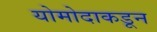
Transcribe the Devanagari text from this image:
योमोदाकडून